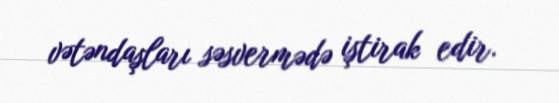
vətəndaşları səsvermədə iştirak edir.